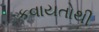
કવાયતોથી